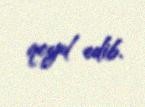
qeyd edib.